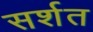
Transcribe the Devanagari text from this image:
सर्शत